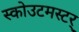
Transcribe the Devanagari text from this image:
स्कोउटमस्टर्